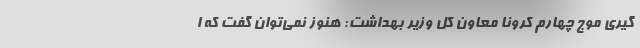
گیری موج چهارم کرونا معاون کل وزیر بهداشت: هنوز نمی‌توان گفت که ا